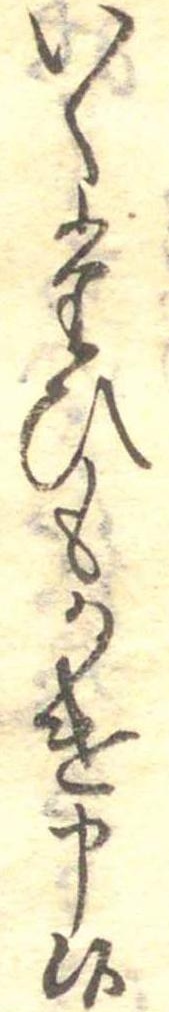
いくたひもかけ申候